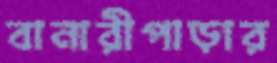
বানারীপাড়ার